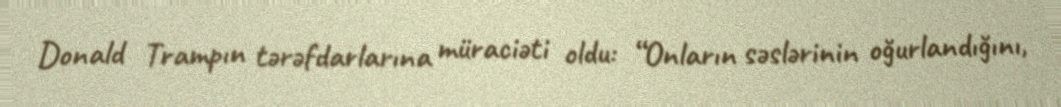
Donald Trampın tərəfdarlarına müraciəti oldu: “Onların səslərinin oğurlandığını,